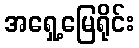
အရှေ့မြေရိုင်း